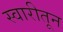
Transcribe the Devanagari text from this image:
स्वारीतून